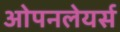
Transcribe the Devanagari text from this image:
ओपनलेयर्स